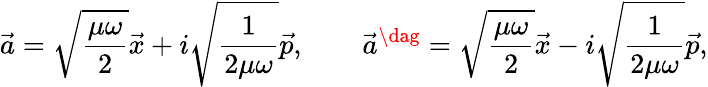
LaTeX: \vec{a}=\sqrt{\frac{\mu\omega}{2}}\vec{x}+i\sqrt{\frac{1}{2\mu\omega}}\vec{p},\qquad\vec{a}^{\dag}=\sqrt{\frac{\mu\omega}{2}}\vec{x}-i\sqrt{\frac{1}{2\mu\omega}}\vec{p},